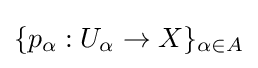
\{p_{\alpha }:U_{\alpha }\to X\}_{\alpha \in A}